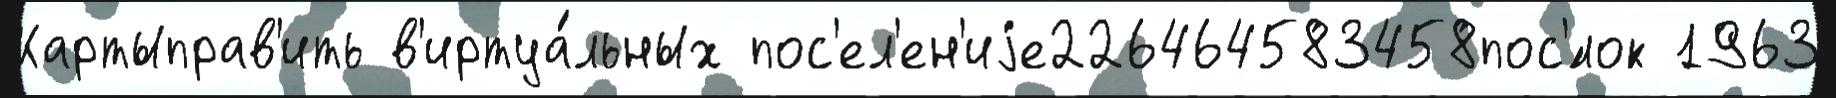
Картыправ'ить в'иртуа́льных пос'ел'ен'иjе226464583458пос'́лок 1963